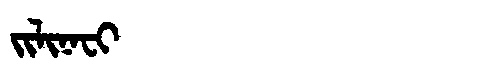
Manchu: ᠵᡳᠯᡳᠨᠠᠸᡳ
Romanization: JILINAFI